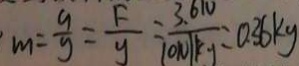
m = \frac { 9 } { y } = \frac { F } { y } = \frac { 3 . 6 N } { 1 0 N / k g } = 0 . 3 6 k g